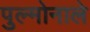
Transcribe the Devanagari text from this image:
पुल्मोनाले